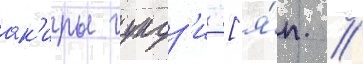
ак'иры гундз'и [я́п. //